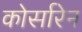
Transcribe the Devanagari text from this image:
कोर्सारेन